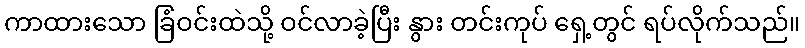
ကာထားသော ခြံဝင်းထဲသို့ ဝင်လာခဲ့ပြီး နွား တင်းကုပ် ရှေ့တွင် ရပ်လိုက်သည်။